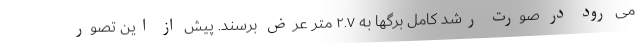
می رود در صورت رشد کامل برگها به ۲.۷ متر عرض برسند. پیش از این تصور